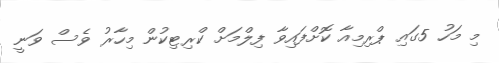
މި މަހު 5ގައި ޕްރިމިއާ ކޮށްފައިވާ ފިލްމަށް ކްރިޓިކުން މިހާރު ވެސް ވަނީ